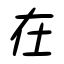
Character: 在